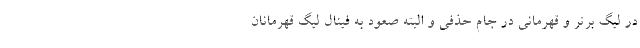
در لیگ برتر و قهرمانی در جام حذفی و البته صعود به فینال لیگ قهرمانان